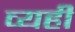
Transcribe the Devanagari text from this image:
व्यही